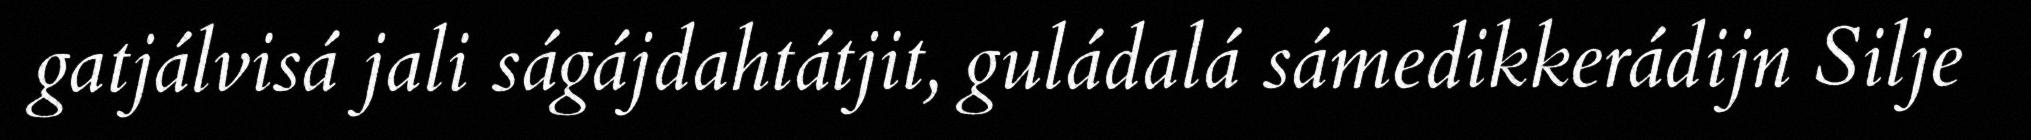
gatjálvisá jali ságájdahtátjit, guládalá sámedikkerádijn Silje